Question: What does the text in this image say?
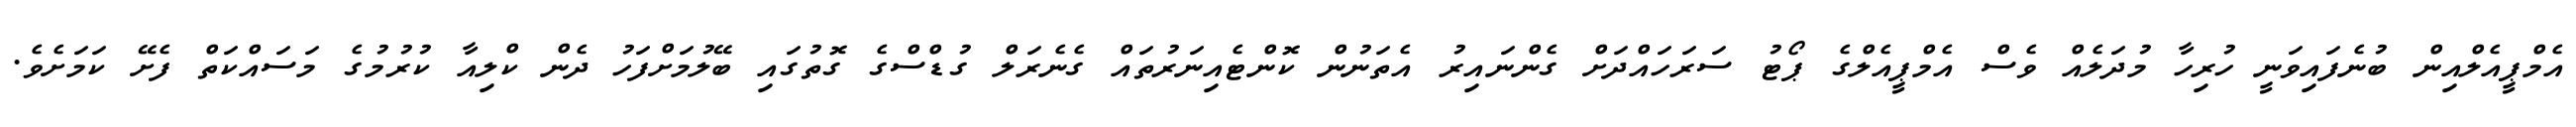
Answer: އެމްޕީއެލްއިން ބުނެފައިވަނީ ހުރިހާ މުދަލެއް ވެސް އެމްޕީއެލްގެ ޕޯޓު ސަރަހައްދަށް ގެންނައިރު އެތަނުން ކޮންޓެއިނަރުތައް ގެނެރަލް ގުޑްސްގެ ގޮތުގައި ބޭލުމަށްފަހު ދެން ކްލިއާ ކުރުމުގެ މަސައްކަތް ފެށޭ ކަމަށެވެ.